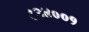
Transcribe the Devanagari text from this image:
८३४००१